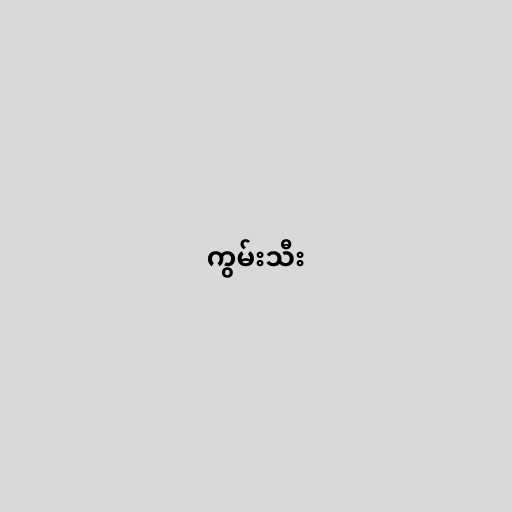
ကွမ်းသီး